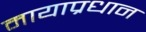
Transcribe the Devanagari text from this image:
मायाप्रधान